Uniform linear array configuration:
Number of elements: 4
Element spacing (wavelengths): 0.5
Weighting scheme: blackman
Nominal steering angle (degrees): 30
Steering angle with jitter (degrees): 31.992
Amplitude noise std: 0.05
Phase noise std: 0.05

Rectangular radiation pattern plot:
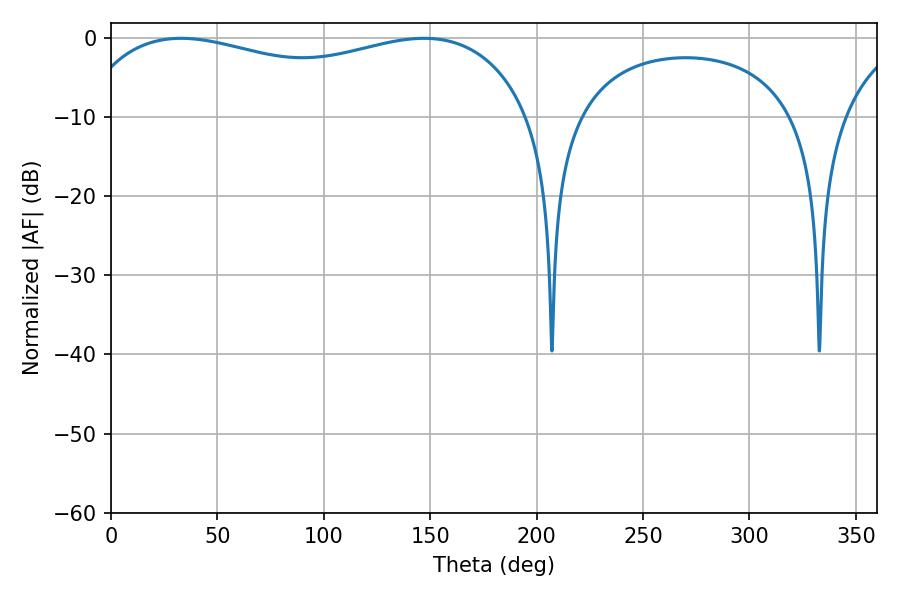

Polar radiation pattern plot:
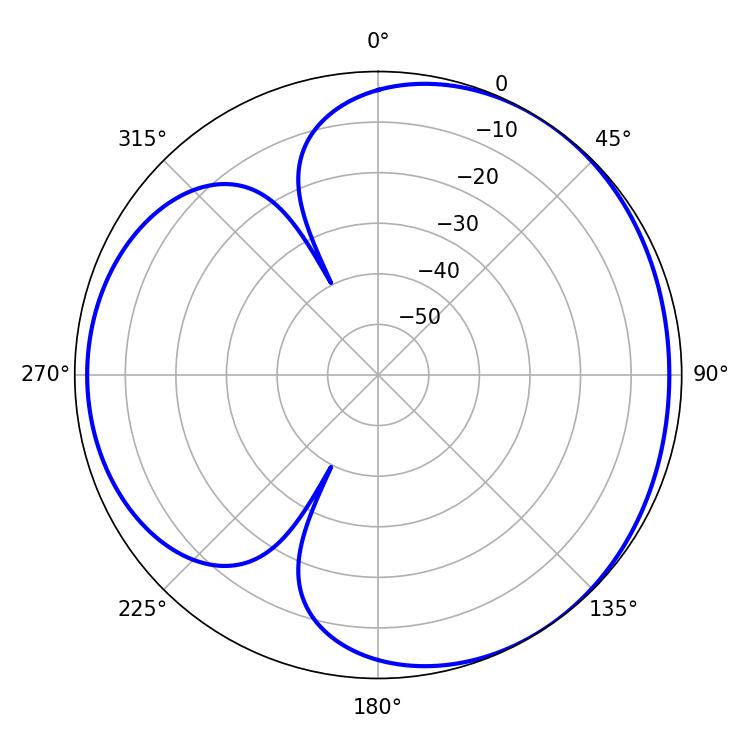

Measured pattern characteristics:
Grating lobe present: FALSE
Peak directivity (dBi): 3.537
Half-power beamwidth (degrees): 174.96
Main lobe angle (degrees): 32.94